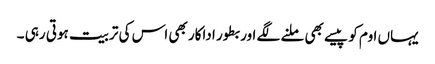
یہاں اوم کو پیسے بھی ملنے لگے اور بطور اداکار بھی اس کی تربیت ہوتی رہی ۔